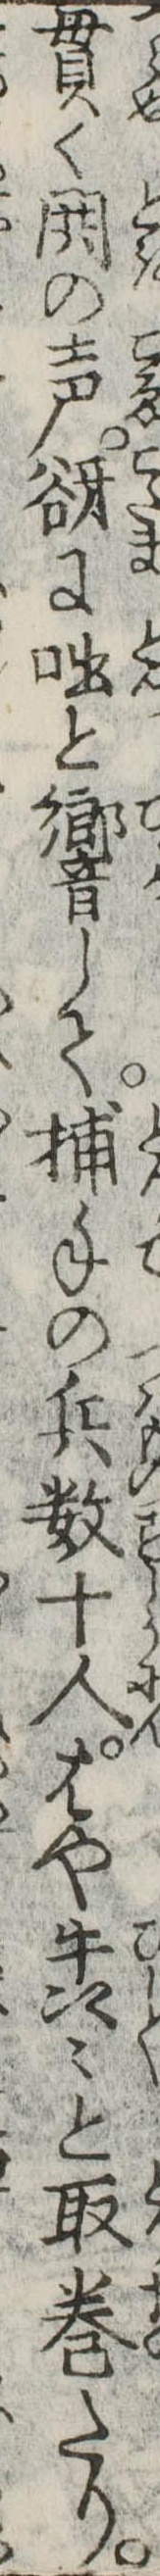
貫く閧の声谺に咄と響して捕手の兵数十人はや々と取巻たり